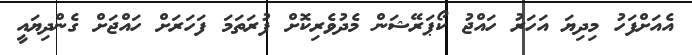
އެއަށްފަހު މިދިޔަ އަހަރު ހައްޖު ކޯޕަރޭޝަން މެދުވެރިކޮށް ފުރަތަމަ ފަހަރަށް ހައްޖަށް ގެންދިޔައީ